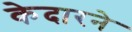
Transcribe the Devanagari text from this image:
केदारने